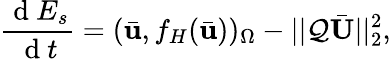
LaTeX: \frac{\mathrm{~d~}E_{s}}{\mathrm{~d~}t}=(\bar{\mathbf{u}},f_{H}(\bar{\mathbf{u}}))_{\Omega}-||\mathcal{Q}\bar{\mathbf{U}}||_{2}^{2},